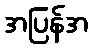
အပြန်အ